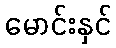
မောင်းနှင်